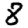
Digit: 8